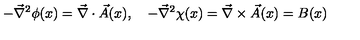
- \vec { \nabla } ^ { 2 } \phi ( x ) = \vec { \nabla } \cdot \vec { A } ( x ) , \quad - \vec { \nabla } ^ { 2 } \chi ( x ) = \vec { \nabla } \times \vec { A } ( x ) = B ( x )